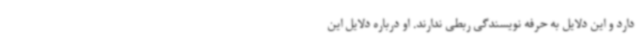
دارد و این دلایل به حرفه نویسندگی ربطی ندارند. او درباره دلایل این